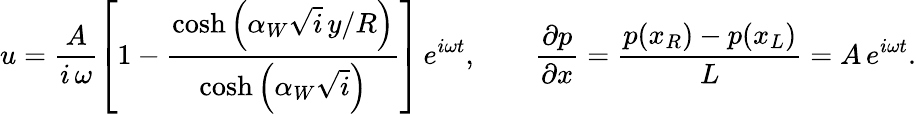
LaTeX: u=\frac{A}{i\, \omega}\left[1-\frac{\cosh\left(\alpha_{W}\sqrt{i}\, y/R\right)}{\cosh\left(\alpha_{W}\sqrt{i}\right)}\right]\, e^{i\omega t},\qquad\frac{\partial p}{\partial x}=\frac{p(x_{R})-p(x_{L})}{L}=A\, e^{i\omega t}.